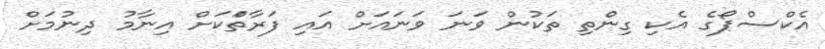
އެކްސްޕޯގެ އެކި ގިންތި ތަކުން ވަނަ ވަނައަށް އައި ފަރާތްަކަށް އިނާމު ދިނުމަށް